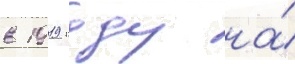
в 1919 году на́